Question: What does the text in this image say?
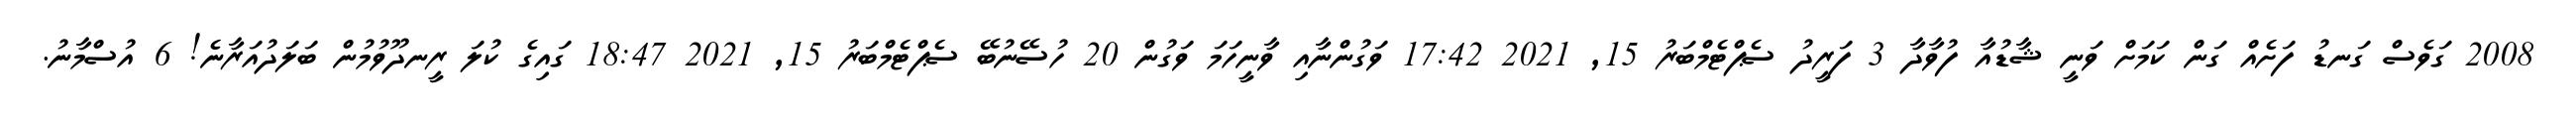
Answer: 2008 ގަވެސް ގަނޑު ފަށެއް ގަން ކަމަށް ވަނީ ޝާޑުއާ ފުވާދާ 3 ފަރީދު ސެޕްޓެމްބަރު 15, 2021 17:42 ވަގުންނާއި ވާނީހަމަ ވަގުން 20 ހުސޭނުބޭ ސެޕްޓެމްބަރު 15, 2021 18:47 ގައިގެ ކުލަ ރީނދޫވުމުން ބަލަދުއަރާނެ! 6 އުސްމާނު.